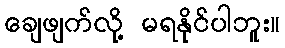
ချေဖျက်လို့ မရနိုင်ပါဘူး။